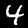
Label: 4